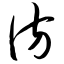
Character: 彷